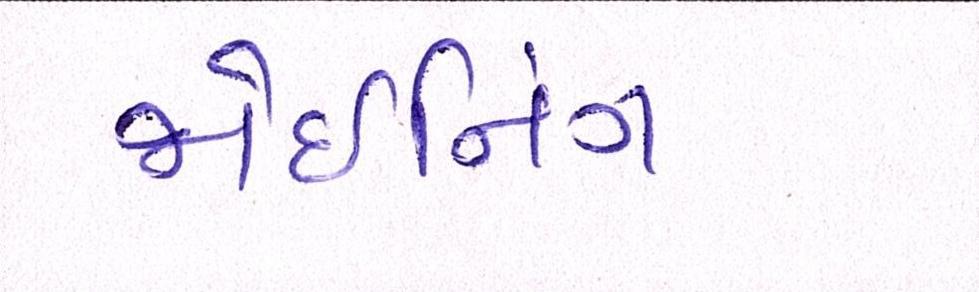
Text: જોઇનિંગ